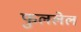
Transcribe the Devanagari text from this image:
फुललेल